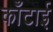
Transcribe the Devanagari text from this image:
काँटाई